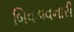
બિવડાવનારી